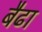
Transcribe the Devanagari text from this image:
बैढा